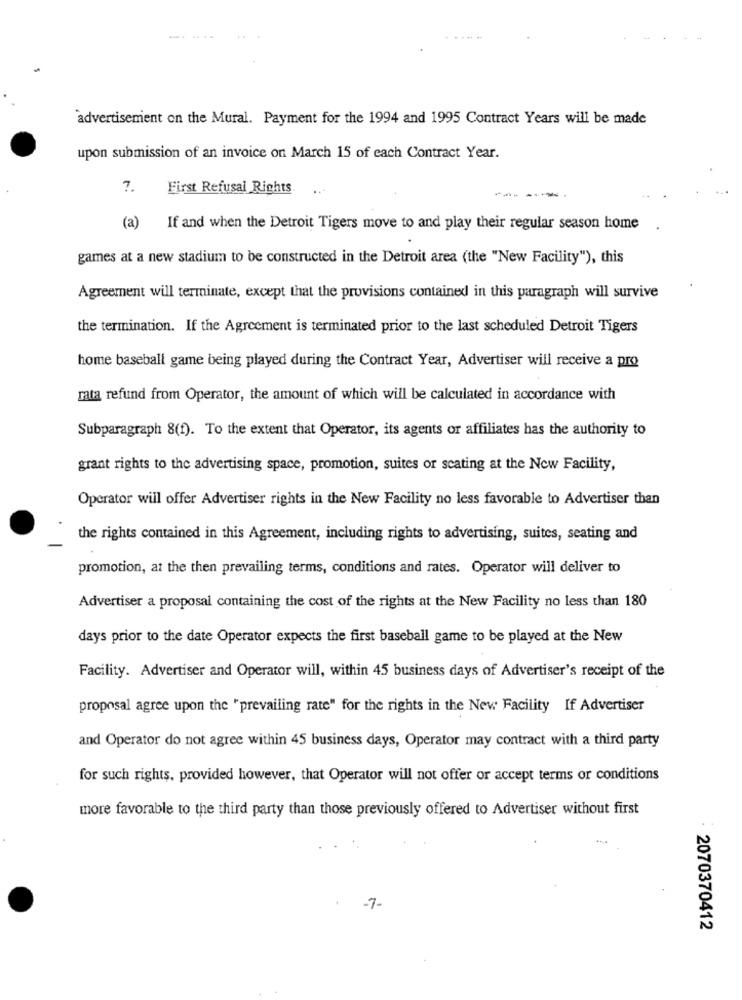
advertisement on the Mural. Payment for the 1994 and 1995 Contract Years will be made
upon submission of an invoice on March 15 of each Contract Year.
7.
First Refusal Rights
--- ----
(a)
If and when the Detroit Tigers move to and play their regular season home
games at a new stadium to be constructed in the Detroit area (the "New Facility"), this
Agreement will terminate, except that the provisions contained in this paragraph will survive
the termination. If the Agreement is terminated prior to the last scheduled Detroit Tigers
home baseball game being played during the Contract Year, Advertiser will receive a pro
rata refund from Operator, the amount of which will be calculated in accordance with
Subparagraph 8(f). To the extent that Operator, its agents or affiliates has the authority to
grant rights to the advertising space, promotion, suites or seating at the New Facility,
Operator will offer Advertiser rights in the New Facility no less favorable to Advertiser than
the rights contained in this Agreement, including rights to advertising, suites, seating and
promotion, at the then prevailing terms, conditions and rates. Operator will deliver to
Advertiser a proposal containing the cost of the rights at the New Facility no less than 180
days prior to the date Operator expects the first baseball game to be played at the New
Facility. Advertiser and Operator will, within 45 business days of Advertiser's receipt of the
proposal agree upon the "prevailing rate" for the rights in the New Facility If Advertiser
and Operator do not agree within 45 business days, Operator may contract with a third party
for such rights, provided however, that Operator will not offer or accept terms or conditions
more favorable to the third party than those previously offered to Advertiser without first
-7-
2070370412